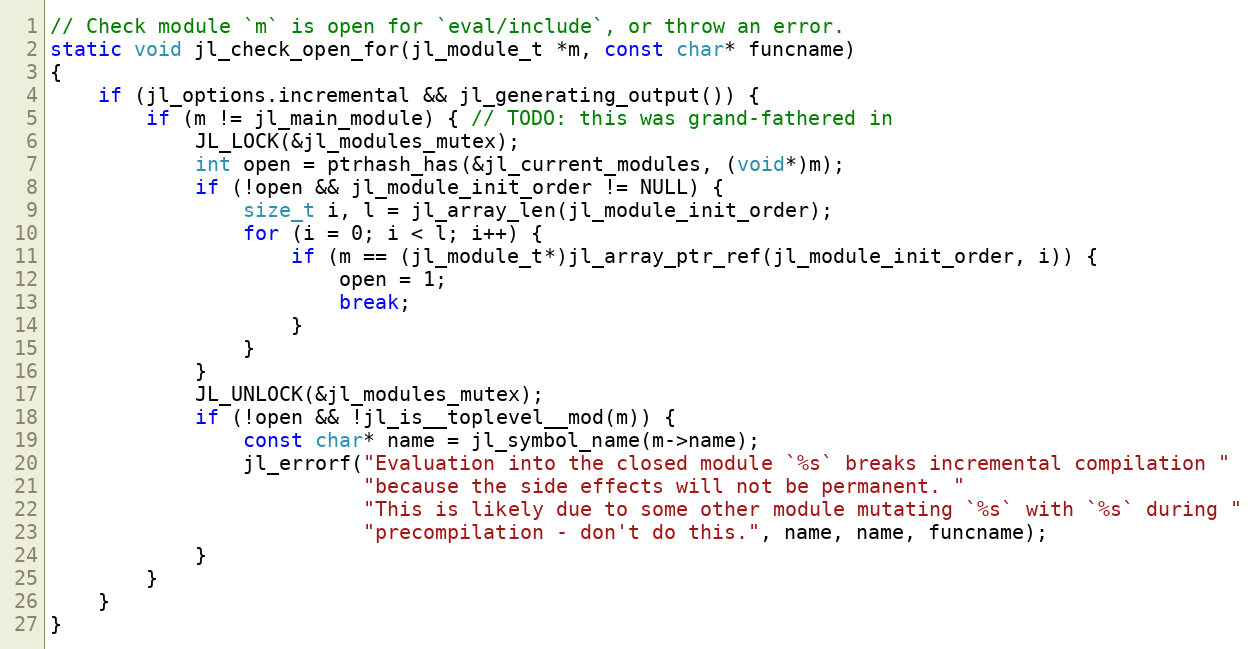
Language: C
// Check module `m` is open for `eval/include`, or throw an error.
static void jl_check_open_for(jl_module_t *m, const char* funcname)
{
    if (jl_options.incremental && jl_generating_output()) {
        if (m != jl_main_module) { // TODO: this was grand-fathered in
            JL_LOCK(&jl_modules_mutex);
            int open = ptrhash_has(&jl_current_modules, (void*)m);
            if (!open && jl_module_init_order != NULL) {
                size_t i, l = jl_array_len(jl_module_init_order);
                for (i = 0; i < l; i++) {
                    if (m == (jl_module_t*)jl_array_ptr_ref(jl_module_init_order, i)) {
                        open = 1;
                        break;
                    }
                }
            }
            JL_UNLOCK(&jl_modules_mutex);
            if (!open && !jl_is__toplevel__mod(m)) {
                const char* name = jl_symbol_name(m->name);
                jl_errorf("Evaluation into the closed module `%s` breaks incremental compilation "
                          "because the side effects will not be permanent. "
                          "This is likely due to some other module mutating `%s` with `%s` during "
                          "precompilation - don't do this.", name, name, funcname);
            }
        }
    }
}